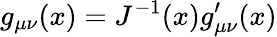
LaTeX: g_{\mu\nu}(x)=J^{-1}(x)g_{\mu\nu}^{\prime}(x)